Annual statistical returns and brief notes on vaccination in Bengal - 1909-1929
Year: 1909
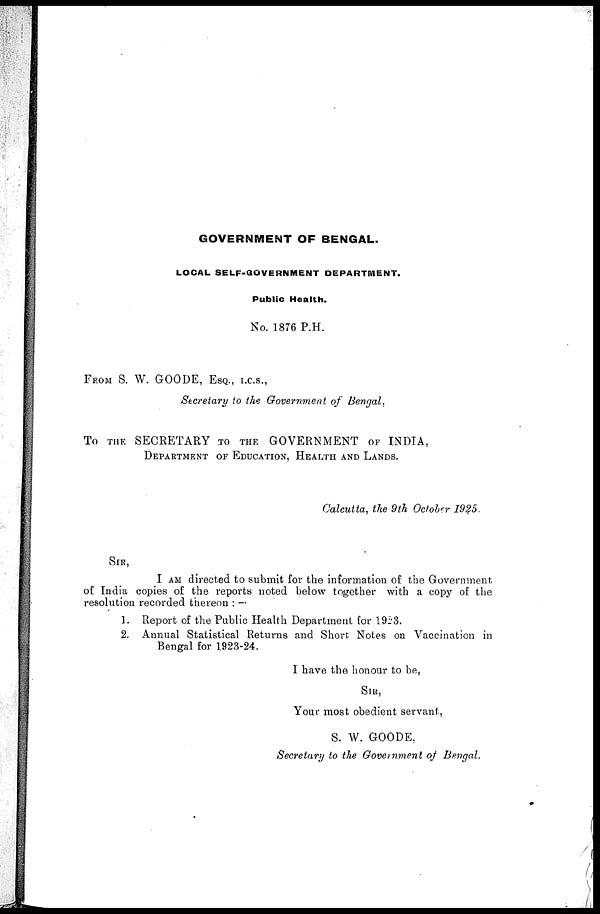
GOVERNMENT OF BENGAL.
LOCAL SELF-GOVERNMENT DEPARTMENT.
Public Health.
No. 1876 P.H.
FROM S. W. GOODE, ESQ., I.C.S.,
Secretary to the Government of Bengal,
To THE SECRETARY TO THE GOVERNMENT OF INDIA,
DEPARTMENT OF EDUCATION, HEALTH AND LANDS.
Calcutta, the 9th October 1925.
SIR,
I AM directed to submit for the information of the Government
of India copies of the reports noted below together with a copy of the
resolution recorded thereon :—
1. Report of the Public Health Department for 1923.
2. Annual Statistical Returns and Short Notes on Vaccination in
Bengal for 1923-24.
I have the honour to be,
SIR,
Your most obedient servant,
S. W. GOODE,
Secretary to the Government of Bengal.